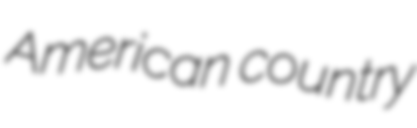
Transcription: American country